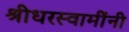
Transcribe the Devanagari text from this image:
श्रीधरस्वामींनी